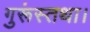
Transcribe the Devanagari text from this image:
गुरूंस्तथा।